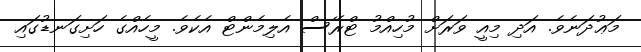
މަޢުދަނެވެ. އަދި މިއީ ވަރަށް މުހިއްމު ޓްރޭސް އެލިމެންޓް އެކެވެ. މީހެއްގެ ހަށިގަނޑުގައި